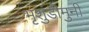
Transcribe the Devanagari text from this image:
भृशुंडीमुनी